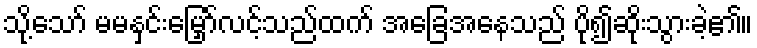
သို့သော် မမနှင်းမြှော်လင့်သည်ထက် အခြေအနေသည် ပို၍ဆိုးသွားခဲ့၏။